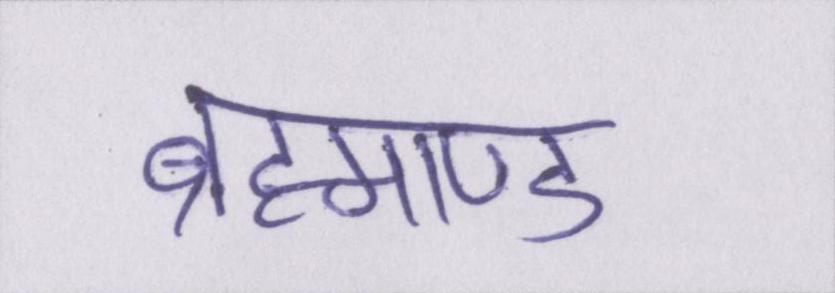
ब्रह्माण्ड